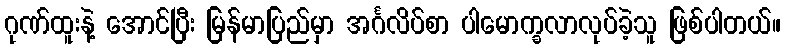
ဂုဏ်ထူးနဲ့ အောင်ပြီး မြန်မာပြည်မှာ အင်္ဂလိပ်စာ ပါမောက္ခလာလုပ်ခဲ့သူ ဖြစ်ပါတယ်။